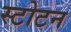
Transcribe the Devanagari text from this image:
स्टोटन